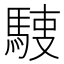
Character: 𩣬